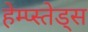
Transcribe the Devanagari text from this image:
हेम्प्स्तेड्स